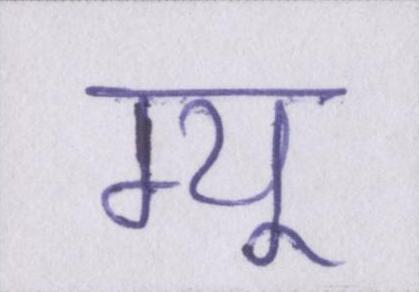
म्यू